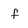
Character: f